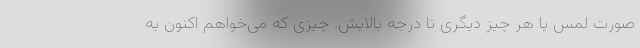
صورت لمس یا هر چیز دیگری تا درجه بالایش. چیزی که می‌خواهم اکنون به